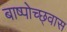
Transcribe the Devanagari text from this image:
बाष्पोच्छ्‌वास